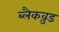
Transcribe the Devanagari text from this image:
ब्लैकव़ुड